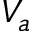
V _ { a }